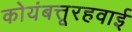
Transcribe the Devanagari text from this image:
कोयंबत्तूरहवाई